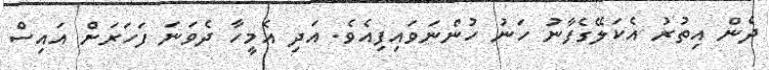
ދެން އިތުރު އެކަލޭގެފާނު ހަނު ހުންނަވައިފިއެވެ. އަދި އެމީހާ ދެވަނަ ފަހަރަށް އައިސް